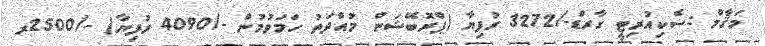
މަޤާމް :ސެކިއުރިޓީ ގާރޑް-/3272 ރުފިޔާ (ޕްރޮބޭޝަން މުއްދަތު ހަމަވުމުން -/4090 ރުފިޔާ) -/2500ރ